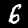
Digit: 6